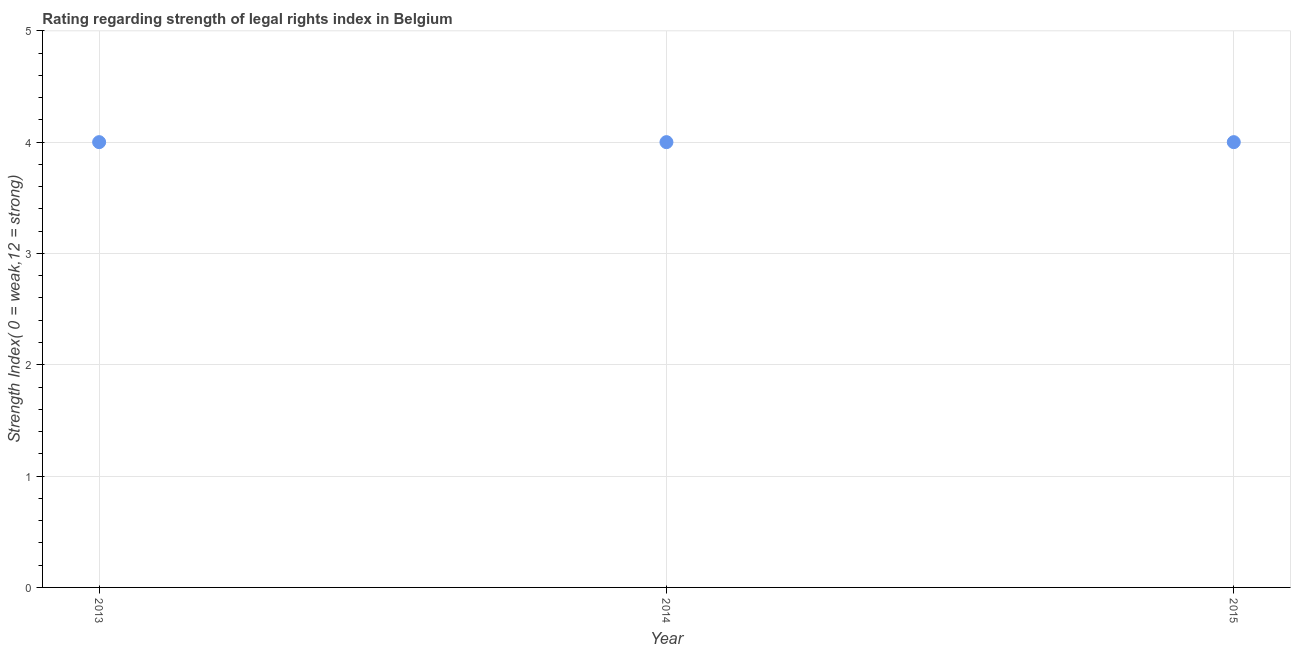
| Year | Strength of legal rights index |
 | --- | --- |
 | 2013 | 4 |
 | 2014 | 4 |
 | 2015 | 4 |